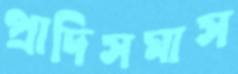
প্রাদিসমাস